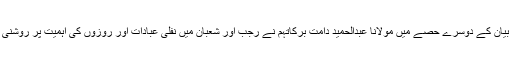
اپنے بیان کے دوسرے حصے میں مولانا عبدالحمید دامت برکاتہم نے رجب اور شعبان میں نفلی عبادات اور روزوں کی اہمیت پر روشنی ڈالی۔